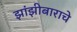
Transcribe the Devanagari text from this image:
झांझीबाराचे